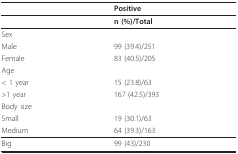
<table><thead><tr><td></td><td><b>Positive</b></td></tr></thead><tbody><tr><td></td><td><b>n (%)/Total</b></td></tr><tr><td>Sex</td><td></td></tr><tr><td>Male</td><td>99 (39.4)/251</td></tr><tr><td>Female</td><td>83 (40.5)/205</td></tr><tr><td>Age</td><td></td></tr><tr><td>&lt; 1 year</td><td>15 (23.8)/63</td></tr><tr><td>&gt;1 year</td><td>167 (42.5)/393</td></tr><tr><td>Body size</td><td></td></tr><tr><td>Small</td><td>19 (30.1)/63</td></tr><tr><td>Medium</td><td>64 (39.3)/163</td></tr><tr><td>Big</td><td>99 (43)/230</td></tr></tbody></table>